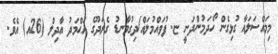
މިމައްސަލައާ ގުޅިގެން ހޯދަމުންދަނީ ޏ. ފުވައްމުލައް/ދިގުވާނޑު ގެރަދޫގެ އަޙްމަދު އާދިލް (26އ) އެވެ.